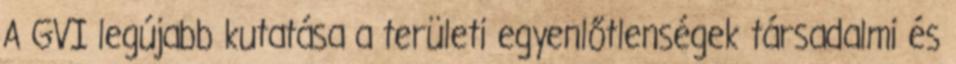
A GVI legújabb kutatása a területi egyenlőtlenségek társadalmi és